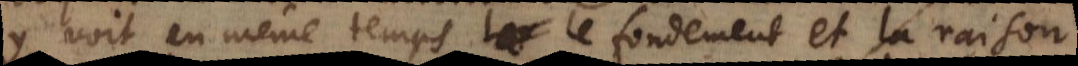
y voit en même temps le fondement et la raison